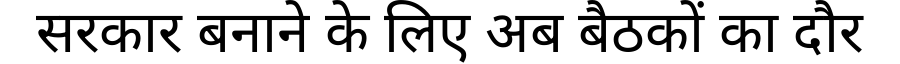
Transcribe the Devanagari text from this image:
सरकार बनाने के लिए अब बैठकों का दौर